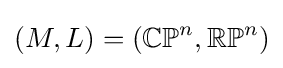
(M,L)=(\mathbb {CP} ^{n},\mathbb {RP} ^{n})